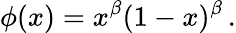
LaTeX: \phi(x)=x^{\beta}(1-x)^{\beta}\, .